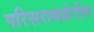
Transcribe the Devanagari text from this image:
परिसराबाहेरील